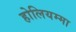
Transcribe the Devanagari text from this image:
होलियम्मा